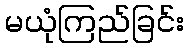
မယုံကြည်ခြင်း